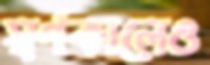
স্বর্ণকালেও